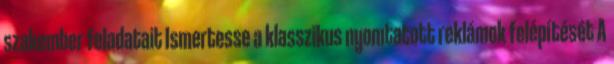
szakember feladatait Ismertesse a klasszikus nyomtatott reklámok felépítését A